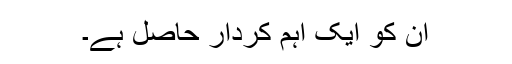
ان کو ایک اہم کردار حاصل ہے۔